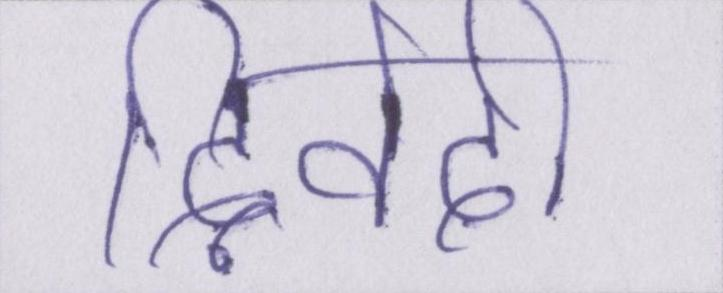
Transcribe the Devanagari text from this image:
द्विवेदी